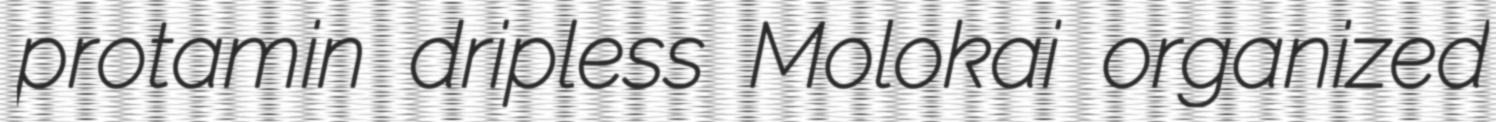
protamin dripless Molokai organized